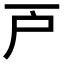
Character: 𢨥